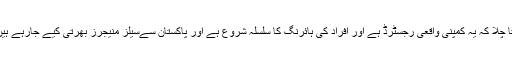
پتا چلا کہ یہ کمپنی واقعی رجسٹرڈ ہے اور افراد کی ہائرنگ کا سلسلہ شروع ہے اور پاکستان سےسیلز منیجرز بھرتی کیے جارہے ہیں۔